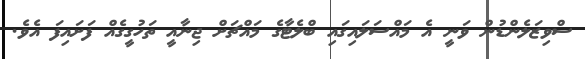
ސްވިޒަލެންޑުން ވަނީ އެ މައްސަލައިގައި ބްލެޓާގެ މައްޗަށް ޖިނާއީ ތަހުގީގެއް ފަށައިފަ އެވެ.